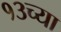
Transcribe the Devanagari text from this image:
१३च्या